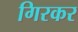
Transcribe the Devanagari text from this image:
गिरकर